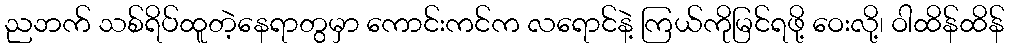
ညဘက် သစ်ရိပ်ထူတဲ့နေရာတွမှာ ကောင်းကင်က လရောင်နဲ့ ကြယ်ကိုမြင်ရဖို့ ဝေးလို့၊ ဝါထိန်ထိန်